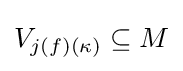
V_{j(f)(\kappa )}\subseteq M